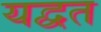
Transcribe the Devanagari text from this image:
यद्वत